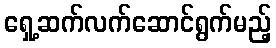
ရှေ့ဆက်လက်ဆောင်ရွက်မည့်